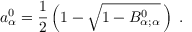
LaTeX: a _ { \alpha } ^ { 0 } = \frac { 1 } { 2 } \left( 1 - \sqrt { 1 - B _ { \alpha ; \alpha } ^ { 0 } } \, \right) \; .